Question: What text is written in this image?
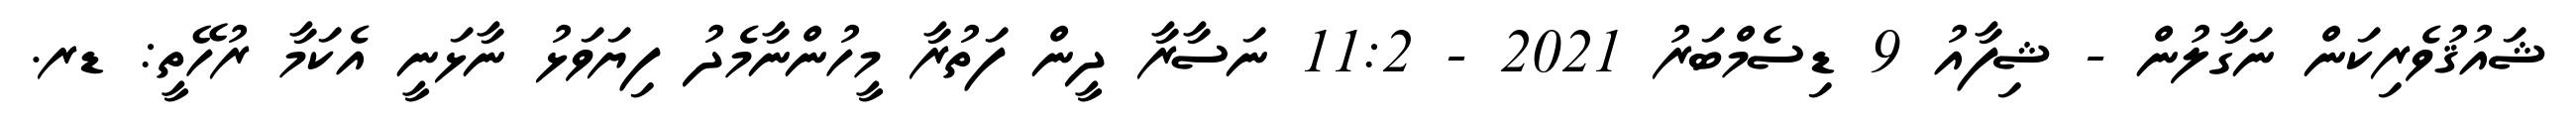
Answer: ޝައުޤުވެރިކަން ނަގާލުން - ޝިފާއު 9 ޑިސެމްބަރު 2021 - 11:2 ނަސާރާ ދީން ފަތުރާ މީހުންނާމެދު ފިޔަވަޅު ނާޅަނީ އެކަމާ ރުހޭތީ: ޑރ.